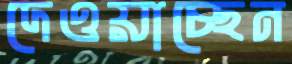
দেওয়াচ্ছেন